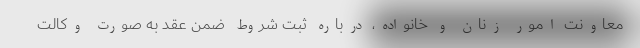
معاونت امور زنان و خانواده، درباره ثبت شروط ضمن عقد به صورت وکالت